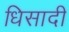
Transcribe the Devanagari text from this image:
धिसादी